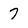
Character: 7